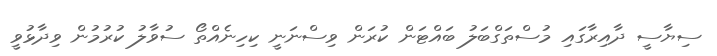
ސިޔާސީ ދާއިރާގައި މުސްތަގްބަލު ބައްޓަން ކުރަން ވިސްނަނީ ކިހިނެއްތޯ ސުވާލު ކުރުމުން ވިދާޅުވީ